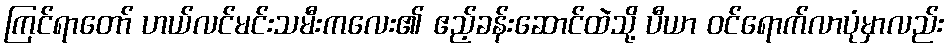
ကြင်ရာတော် ဟယ်လင်မင်းသမီးကလေး၏ ဧည့်ခန်းဆောင်ထဲသို့ ပီယာ ဝင်ရောက်လာပုံမှာလည်း